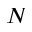
N